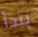
يبدأ